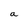
Character: a